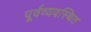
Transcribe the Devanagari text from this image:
पूर्वव्यवस्थित